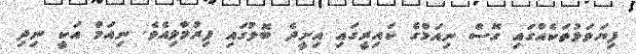
ފިޔަވަޅުތަކެއްގައި ގޮސް ނިއަމްގެ ކައިރީގައި އިށީދެ ބޮލުގައި ފިރުމާލިއެވެ. ނިއަމް އަކީ ނިދި